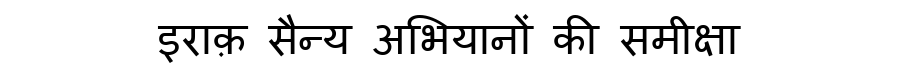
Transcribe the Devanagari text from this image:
इराक़ सैन्य अभियानों की समीक्षा